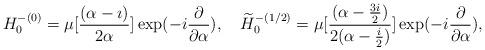
LaTeX: \begin{align*}H^{-(0)}_0=\mu[\frac{(\alpha-\imath)}{2{\alpha}}]\exp(-i\frac{\partial}{{\partial}{\alpha}}),\quad\widetilde{H}^{-(1/2)}_0=\mu[\frac{(\alpha-\frac{3i}{2})}{2({\alpha}-\frac{i}{2})}]\exp(-i\frac{\partial}{{\partial}{\alpha}}),\end{align*}